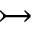
\rightarrowtail